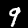
Digit: 9